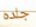
جلده